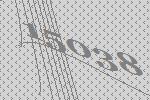
15038